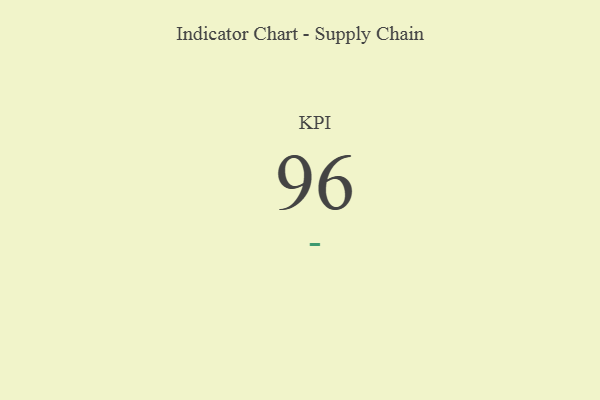
{"axis": {"x": "KPI", "y": "Value"}, "legend": [""], "data": [{"x": "KPI", "y": 96, "type": ""}]}